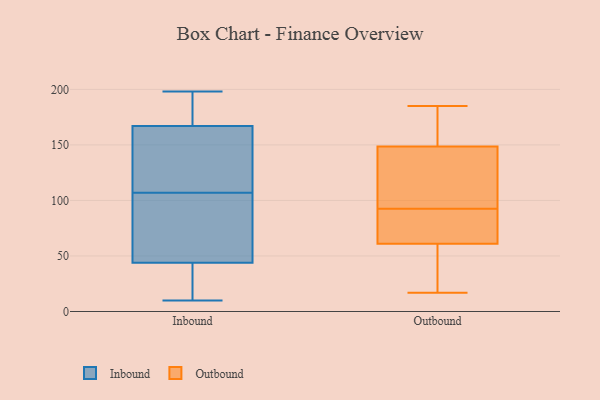
{"axis": {"x": "Website Visitors", "y": "Value"}, "legend": ["Inbound", "Outbound"], "data": [{"x": "", "y": 178, "type": "Inbound"}, {"x": "", "y": 104, "type": "Inbound"}, {"x": "", "y": 20, "type": "Inbound"}, {"x": "", "y": 126, "type": "Inbound"}, {"x": "", "y": 163, "type": "Inbound"}, {"x": "", "y": 101, "type": "Inbound"}, {"x": "", "y": 125, "type": "Inbound"}, {"x": "", "y": 12, "type": "Inbound"}, {"x": "", "y": 110, "type": "Inbound"}, {"x": "", "y": 10, "type": "Inbound"}, {"x": "", "y": 171, "type": "Inbound"}, {"x": "", "y": 65, "type": "Inbound"}, {"x": "", "y": 191, "type": "Inbound"}, {"x": "", "y": 198, "type": "Inbound"}, {"x": "", "y": 68, "type": "Inbound"}, {"x": "", "y": 23, "type": "Inbound"}, {"x": "", "y": 29, "type": "Outbound"}, {"x": "", "y": 17, "type": "Outbound"}, {"x": "", "y": 110, "type": "Outbound"}, {"x": "", "y": 79, "type": "Outbound"}, {"x": "", "y": 185, "type": "Outbound"}, {"x": "", "y": 118, "type": "Outbound"}, {"x": "", "y": 168, "type": "Outbound"}, {"x": "", "y": 106, "type": "Outbound"}, {"x": "", "y": 160, "type": "Outbound"}, {"x": "", "y": 36, "type": "Outbound"}, {"x": "", "y": 64, "type": "Outbound"}, {"x": "", "y": 77, "type": "Outbound"}, {"x": "", "y": 182, "type": "Outbound"}, {"x": "", "y": 155, "type": "Outbound"}, {"x": "", "y": 71, "type": "Outbound"}, {"x": "", "y": 59, "type": "Outbound"}, {"x": "", "y": 63, "type": "Outbound"}, {"x": "", "y": 121, "type": "Outbound"}, {"x": "", "y": 142, "type": "Outbound"}, {"x": "", "y": 40, "type": "Outbound"}]}